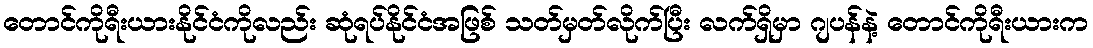
တောင်ကိုရီးယားနိုင်ငံကိုလည်း ဆုံရပ်နိုင်ငံအဖြစ် သတ်မှတ်လိုက်ပြီး လက်ရှိမှာ ဂျပန်နဲ့ တောင်ကိုရီးယားက